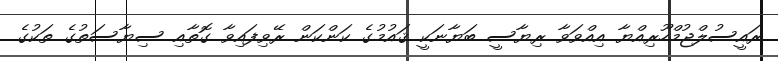
ރައީސުލްޖުމްހޫރިއްޔާ އިއްވަވާ ރިޔާސީ ބަޔާނަކީ ޤައުމުގެ ކަންކަން ރޭވިފައިވާ ގޮތާއި ސިޔާސަތުގެ ތަކުގެ